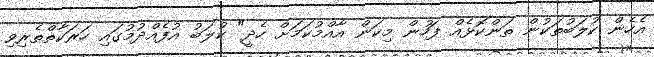
އެހެން ކުލަބުތަކުން ތަންކޮޅެއް ފަހުން މިކަން އާއްމުކަމަށް ހެދީ" ކުލަބު އުފެއްދުމުގައި ހަރަކާތްތެރިވި